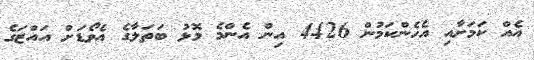
އެއް ކަމަށާއި އެހެންކަމުން 4426 އިން އެންމެ މޮޅު ބަތަލާގެ އެވޯޑަށް އައްޒަގެ